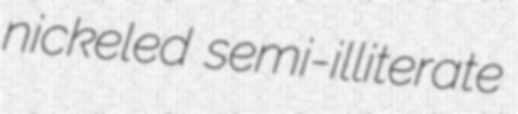
nickeled semi-illiterate